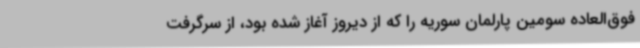
فوق‌العاده سومین پارلمان سوریه را که از دیروز آغاز شده بود، از سرگرفت